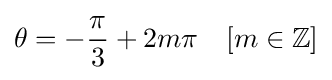
\theta =-{\frac {\pi }{3}}+2m\pi \quad [m\in \mathbb {Z} ]